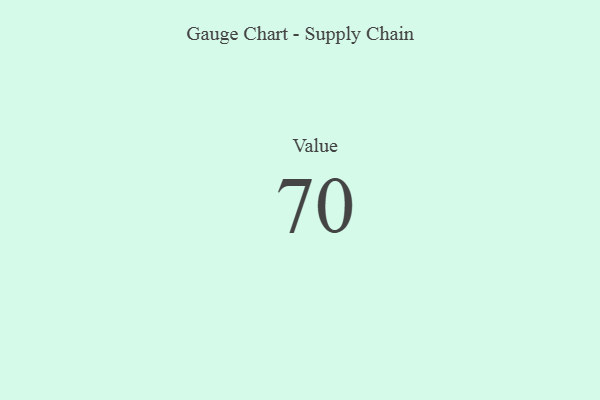
{"axis": {"x": "Metric", "y": "Value"}, "legend": [""], "data": [{"x": "Value", "y": 70, "type": ""}]}